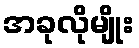
အခုလိုမျိုး